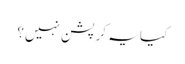
کیا یہ کرپشن نہیں؟